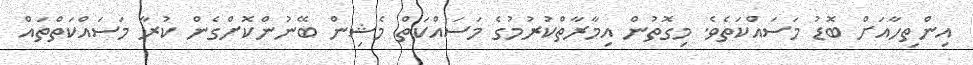
އިންތިހާއަށް ބޮޑު މަސައްކަތެވެ. މިގޮތުން އިމާރާތްކުރުމުގެ މަސައްކަތް މެޝިން ބޭނުންކޮށްގެން ކުރާ މަސައްކަތްތައް